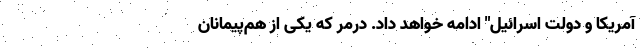
آمریکا و دولت اسرائیل" ادامه خواهد داد. درمر که یکی از هم‌پیمانان